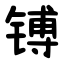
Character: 镈